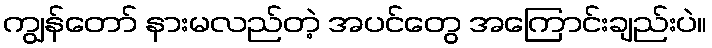
ကျွန်တော် နားမလည်တဲ့ အပင်တွေ အကြောင်းချည်းပဲ။